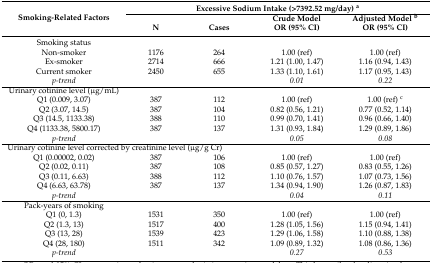
<table><thead><tr><td rowspan="3"><b>Smoking-Related Factors</b></td><td colspan="4"><b>Excessive Sodium Intake (&gt;7392.52 mg/day) <sup>a</sup></b></td></tr><tr><td></td><td></td><td><b>Crude Model</b></td><td><b>Adjusted Model <sup>b</sup></b></td></tr><tr><td><b>N</b></td><td><b>Cases</b></td><td><b>OR (95% CI)</b></td><td><b>OR (95% CI)</b></td></tr></thead><tbody><tr><td>Smoking status</td><td></td><td></td><td></td><td></td></tr><tr><td>Non-smoker</td><td>1176</td><td>264</td><td>1.00 (ref)</td><td>1.00 (ref)</td></tr><tr><td>Ex-smoker</td><td>2714</td><td>666</td><td>1.21 (1.00, 1.47)</td><td>1.16 (0.94, 1.43)</td></tr><tr><td>Current smoker </td><td>2450</td><td>655</td><td>1.33 (1.10, 1.61)</td><td>1.17 (0.95, 1.43)</td></tr><tr><td><i>p-trend</i></td><td></td><td></td><td><i>0.01</i></td><td><i>0.22</i></td></tr><tr><td>Urinary cotinine level (μg/mL)</td><td></td><td></td><td></td><td></td></tr><tr><td>Q1 (0.009, 3.07)</td><td>387</td><td>112</td><td>1.00 (ref)</td><td>1.00 (ref) <sup>c</sup></td></tr><tr><td>Q2 (3.07, 14.5)</td><td>387</td><td>104</td><td>0.82 (0.56, 1.21)</td><td>0.77 (0.52, 1.14)</td></tr><tr><td>Q3 (14.5, 1133.38)</td><td>388</td><td>110</td><td>0.99 (0.70, 1.41)</td><td>0.96 (0.66, 1.40)</td></tr><tr><td>Q4 (1133.38, 5800.17)</td><td>387</td><td>137</td><td>1.31 (0.93, 1.84)</td><td>1.29 (0.89, 1.86)</td></tr><tr><td><i>p-trend</i></td><td></td><td></td><td><i>0.05</i></td><td><i>0.08</i></td></tr><tr><td colspan="5">Urinary cotinine level corrected by creatinine level (μg/g Cr)</td></tr><tr><td>Q1 (0.00002, 0.02)</td><td>387</td><td>106</td><td>1.00 (ref)</td><td>1.00 (ref)</td></tr><tr><td>Q2 (0.02, 0.11)</td><td>387</td><td>108</td><td>0.85 (0.57, 1.27)</td><td>0.83 (0.55, 1.26)</td></tr><tr><td>Q3 (0.11, 6.63)</td><td>388</td><td>112</td><td>1.10 (0.76, 1.57)</td><td>1.07 (0.73, 1.56)</td></tr><tr><td>Q4 (6.63, 63.78)</td><td>387</td><td>137</td><td>1.34 (0.94, 1.90)</td><td>1.26 (0.87, 1.83)</td></tr><tr><td><i>p-trend</i></td><td></td><td></td><td><i>0.04</i></td><td><i>0.11</i></td></tr><tr><td>Pack-years of smoking</td><td></td><td></td><td></td><td></td></tr><tr><td>Q1 (0, 1.3)</td><td>1531</td><td>350</td><td>1.00 (ref)</td><td>1.00 (ref)</td></tr><tr><td>Q2 (1.3, 13)</td><td>1517</td><td>400</td><td>1.28 (1.05, 1.56)</td><td>1.15 (0.94, 1.41)</td></tr><tr><td>Q3 (13, 28)</td><td>1539</td><td>423</td><td>1.29 (1.06, 1.58)</td><td>1.10 (0.88, 1.38)</td></tr><tr><td>Q4 (28, 180)</td><td>1511</td><td>342</td><td>1.09 (0.89, 1.32)</td><td>1.08 (0.86, 1.36)</td></tr><tr><td><i>p-trend</i></td><td></td><td></td><td><i>0.27</i></td><td><i>0.53</i></td></tr></tbody></table>